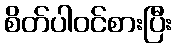
စိတ်ပါဝင်စားပြီး